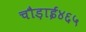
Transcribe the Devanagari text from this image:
चौड़ाई४६५